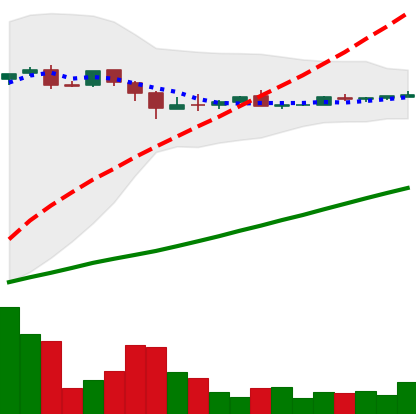
Ticker: DOGE-USD
Chart end date: 2018-10-01
Forward return: -6.681%
Label: down_5_7